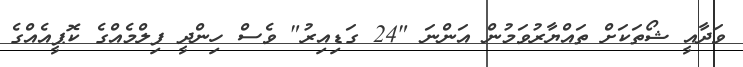
ވަދާއީ ޝޯތަކަށް ތައްޔާރުވަމުން އަންނަ "24 ގަޑިއިރު" ވެސް ހިންދީ ފިލްމެއްގެ ކޮޕީއެއްގެ